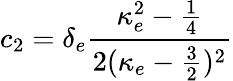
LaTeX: c_{2}=\delta_{e}\frac{\kappa_{e}^{2}-\frac{1}{4}}{2(\kappa_{e}-\frac{3}{2})^{2}}